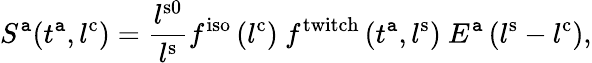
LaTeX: S^{\mathtt{a}}(t^{\mathrm{{\mathtt{a}}}},l^{\mathrm{{{c}}}})=\frac{{l^{\mathrm{{s0}}}}}{{l^{\mathrm{{s}}}}}f^{\mathrm{{iso}}}\left(l^{\mathrm{{c}}}\right)\ f^{\mathrm{{twitch}}}\left(t^{\mathrm{{\mathtt{a}}}},l^{\mathrm{{s}}}\right)\ E^{\mathrm{{\mathtt{a}}}}\left(l^{\mathrm{{s}}}-l^{\mathrm{{c}}}\right),